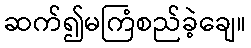
ဆက်၍မကြံစည်ခဲ့ချေ။